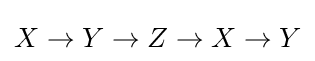
X\to Y\to Z\to X\to Y